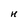
Character: H